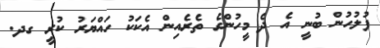
ފުލުހުން ބުނީ އެ ދެ މީހުންގެ ތެރެއިން އެކަކު ހައްޔަރު ކުރީ ގދ.